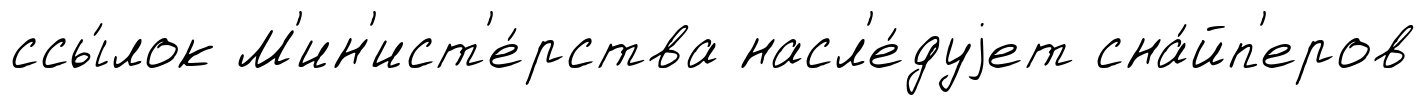
ссы́лок М'ин'ист'е́рства насл'е́дуjет сна́йп'еров